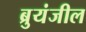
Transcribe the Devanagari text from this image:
ब्रुयंजील